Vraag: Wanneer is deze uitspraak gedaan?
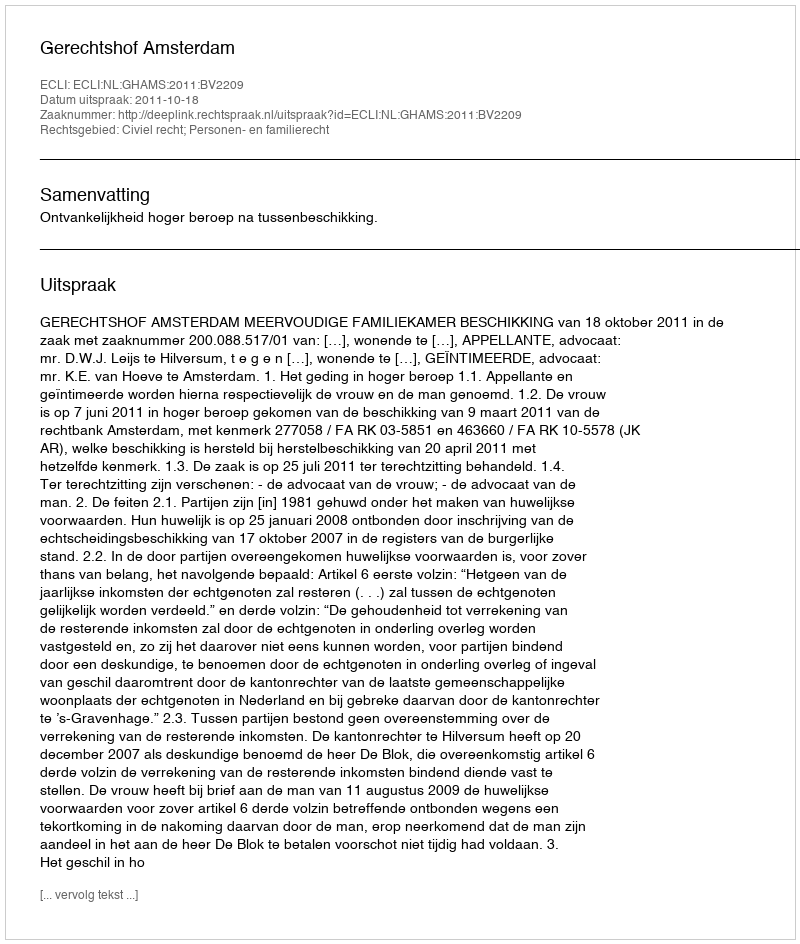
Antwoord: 2011-10-18